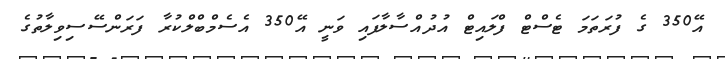
އޭ350 ގެ ފުރަތަމަ ޓެސްޓް ފްލައިޓް އުދުއްސާލާފައި ވަނީ އޭ350 އެސެމްބްލްކުރާ ފަރަންސޭސިވިލާތުގެ